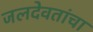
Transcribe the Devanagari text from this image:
जलदेवतांचा